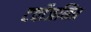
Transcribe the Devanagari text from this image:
टर्वोजनित्र